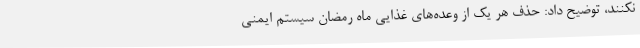
نکنند، توضیح داد: حذف هر یک از وعده‌های غذاییِ ماه رمضان سیستم ایمنی